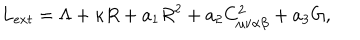
L _ { e x t } = \Lambda + \kappa R + a _ { 1 } R ^ { 2 } + a _ { 2 } C _ { \mu \nu \alpha \beta } ^ { 2 } + a _ { 3 } G ,